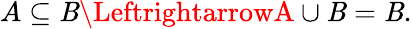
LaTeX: A\subseteq\mathit{B}\LeftrightarrowA\cup\mathit{B}=\mathit{B}.